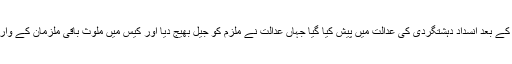
آج ملزم کو ریمانڈ ختم ہونے کے بعد انسداد دہشتگردی کی عدالت میں پیش کیا گیا جہاں عدالت نے ملزم کو جیل بھیج دیا اور کیس میں ملوث باقی ملزمان کے وارنٹ گرفتاری جاری کردیئے۔